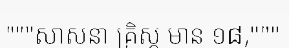
"""សាសនា គ្រិស្ត មាន ១៨,"""